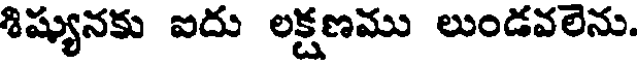
శిష్యునకు ఐదు లక్షణము లుండవలెను.